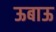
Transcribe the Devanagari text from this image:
ऊबाऊ